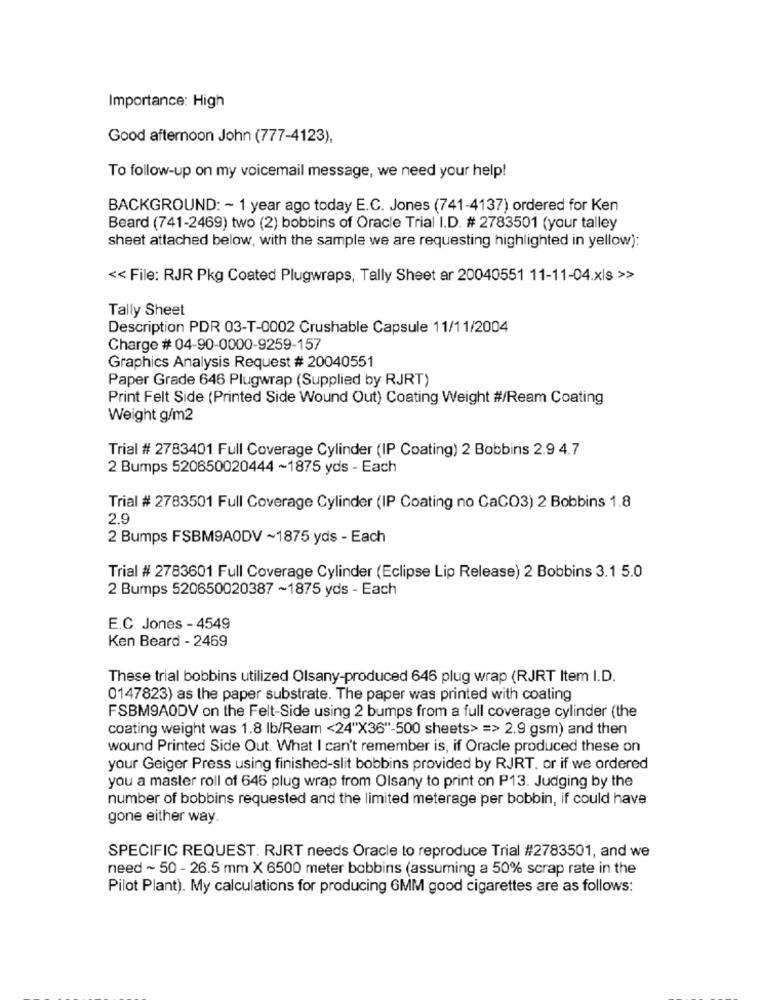
Importance: High
Good afternoon John (777-4123),
To follow-up on my voicemail message, we need your help!
BACKGROUND: ~ 1 year ago today E.C. Jones (741-4137) ordered for Ken
Beard (741-2469) two (2) bobbins of Oracle Trial I.D. # 2783501 (your talley
sheet attached below, with the sample we are requesting highlighted in yellow):
<< File: RJR Pkg Coated Plugwraps, Tally Sheet ar 20040551 11-11-04.xls >>
Tally Sheet
Description PDR 03-T-0002 Crushable Capsule 11/11/2004
Charge # 04-90-0000-9259-157
Graphics Analysis Request # 20040551
Paper Grade 646 Plugwrap (Supplied by RJRT)
Print Felt Side (Printed Side Wound Out) Coating Weight #/Ream Coating
Weight g/m2
Trial # 2783401 Full Coverage Cylinder (IP Coating) 2 Bobbins 2.9 4.7
2 Bumps 520650020444 ~1875 yds - Each
Trial # 2783501 Full Coverage Cylinder (IP Coating no CaCO3) 2 Bobbins 1.8
2.9
2 Bumps FSBM9AODV ~1875 yds - Each
Trial # 2783601 Full Coverage Cylinder (Eclipse Lip Release) 2 Bobbins 3.1 5.0
2 Bumps 520650020387 ~1875 yds - Each
E.C. Jones - 4549
Ken Beard - 2469
These trial bobbins utilized Olsany-produced 646 plug wrap (RJRT Item I.D.
0147823) as the paper substrate. The paper was printed with coating
FSBM9AODV on the Felt-Side using 2 bumps from a full coverage cylinder (the
coating weight was 1.8 lb/Ream <24"X36"-500 sheets> => 2.9 gsm) and then
wound Printed Side Out. What I can't remember is, if Oracle produced these on
your Geiger Press using finished-slit bobbins provided by RJRT, or if we ordered
you a master roll of 646 plug wrap from Olsany to print on P13. Judging by the
number of bobbins requested and the limited meterage per bobbin, if could have
gone either way.
SPECIFIC REQUEST: RJRT needs Oracle to reproduce Trial #2783501, and we
need ~ 50 - 26.5 mm X 6500 meter bobbins (assuming a 50% scrap rate in the
Pilot Plant). My calculations for producing 6MM good cigarettes are as follows: